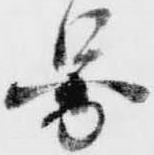
図